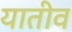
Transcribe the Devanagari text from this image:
यातीव